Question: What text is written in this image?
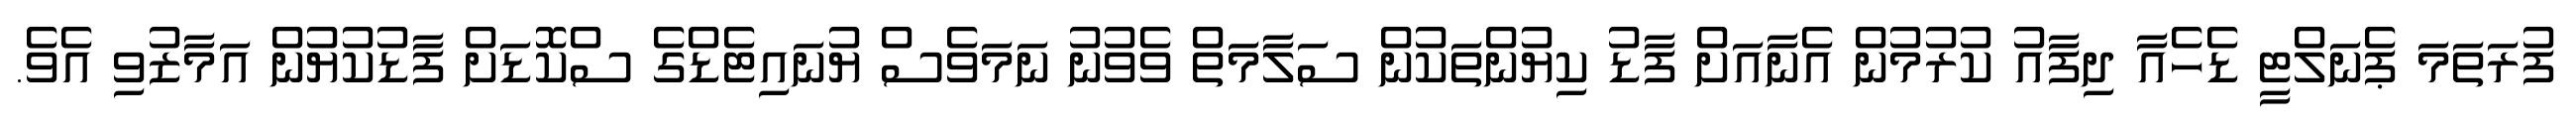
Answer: ފުރަތަމަ ޕެނަލްޓީ ޑެހެއާ ދިފާއު ކުރުމުން އެނާއަށް ފާޑު ކިޔުންތަކުން ސަލާމަތް ވެވުނު ނަމަވެސް ޔުނައިޓެޑްގެ ސްކޮޑަށް ފާޑުކުޔުން އަމާޒުވި އެވެ.